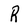
Character: R